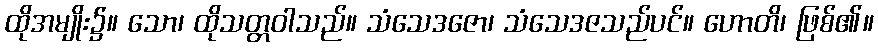
ထိုအမျိုး၌။ သော၊ ထိုသတ္တဝါသည်။ သံသေဒဇော၊ သံသေဒဇသည်ပင်။ ဟောတိ၊ ဖြစ်၏။